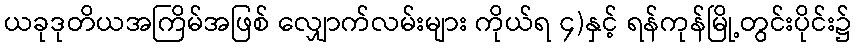
ယခုဒုတိယအကြိမ်အဖြစ် လျှောက်လမ်းများ ကိုယ်ရ ၄)နှင့် ရန်ကုန်မြို့တွင်းပိုင်း၌